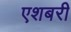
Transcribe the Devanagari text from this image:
एशबरी